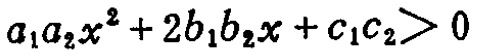
\(a_{1}a_{2}x^{2}+2b_{1}b_{2}x + c_{1}c_{2}>0\)